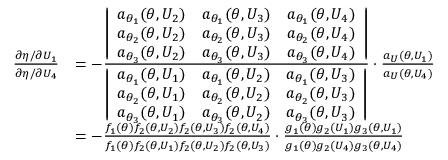
\begin{array} { r l } { \frac { \partial \eta / \partial U _ { 1 } } { \partial \eta / \partial U _ { 4 } } } & { = - \frac { \left| \begin{array} { l l l } { a _ { \theta _ { 1 } } ( \theta , U _ { 2 } ) } & { a _ { \theta _ { 1 } } ( \theta , U _ { 3 } ) } & { a _ { \theta _ { 1 } } ( \theta , U _ { 4 } ) } \\ { a _ { \theta _ { 2 } } ( \theta , U _ { 2 } ) } & { a _ { \theta _ { 2 } } ( \theta , U _ { 3 } ) } & { a _ { \theta _ { 2 } } ( \theta , U _ { 4 } ) } \\ { a _ { \theta _ { 3 } } ( \theta , U _ { 2 } ) } & { a _ { \theta _ { 3 } } ( \theta , U _ { 3 } ) } & { a _ { \theta _ { 3 } } ( \theta , U _ { 4 } ) } \end{array} \right| } { \left| \begin{array} { l l l } { a _ { \theta _ { 1 } } ( \theta , U _ { 1 } ) } & { a _ { \theta _ { 1 } } ( \theta , U _ { 2 } ) } & { a _ { \theta _ { 1 } } ( \theta , U _ { 3 } ) } \\ { a _ { \theta _ { 2 } } ( \theta , U _ { 1 } ) } & { a _ { \theta _ { 2 } } ( \theta , U _ { 2 } ) } & { a _ { \theta _ { 2 } } ( \theta , U _ { 3 } ) } \\ { a _ { \theta _ { 3 } } ( \theta , U _ { 1 } ) } & { a _ { \theta _ { 3 } } ( \theta , U _ { 2 } ) } & { a _ { \theta _ { 3 } } ( \theta , U _ { 3 } ) } \end{array} \right| } \cdot \frac { a _ { U } ( \theta , U _ { 1 } ) } { a _ { U } ( \theta , U _ { 4 } ) } } \\ & { = - \frac { f _ { 1 } ( \theta ) f _ { 2 } ( \theta , U _ { 2 } ) f _ { 2 } ( \theta , U _ { 3 } ) f _ { 2 } ( \theta , U _ { 4 } ) } { f _ { 1 } ( \theta ) f _ { 2 } ( \theta , U _ { 1 } ) f _ { 2 } ( \theta , U _ { 2 } ) f _ { 2 } ( \theta , U _ { 3 } ) } \cdot \frac { g _ { 1 } ( \theta ) g _ { 2 } ( U _ { 1 } ) g _ { 3 } ( \theta , U _ { 1 } ) } { g _ { 1 } ( \theta ) g _ { 2 } ( U _ { 4 } ) g _ { 3 } ( \theta , U _ { 4 } ) } } \end{array}